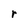
Character: r